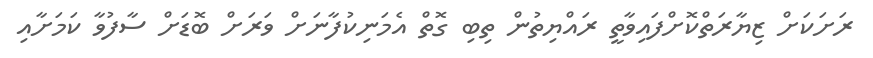
ރަށަކަށް ޒިޔާރަތްކޮށްފައިވާތީ ރައްޔިތުން ތިބި ގޮތް އެމަނިކުފާނަށް ވަރަށް ބޮޑަށް ސާފުވާ ކަމަށާއި